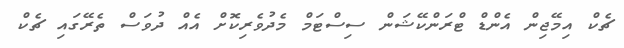
ޗެކް އިމޭޖިން އެންޑް ޓްރަންކޭޝަން ސިސްޓަމް މެދުވެރިކޮށް އެއް ދުވަސް ތެރޭގައި ޗެކް